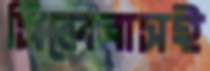
সিলেবাসই